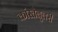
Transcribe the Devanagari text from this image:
कांस्तेबुलरी